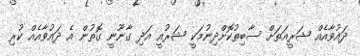
ދައުވާއެއް ޝަރީއަތަށް ސާބިތުކޮށްދިނުމަކީ ޝަރުއީ އަދި ގާނޫނީ ގޮތުން އެ ދައުވާއެއް ކުރި